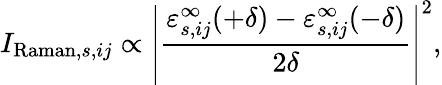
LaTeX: I_{\mathrm{Raman},s,ij}\propto\left|\frac{\varepsilon_{s,ij}^{\infty}(+\delta)-\varepsilon_{s,ij}^{\infty}(-\delta)}{2\delta}\right|^{2},